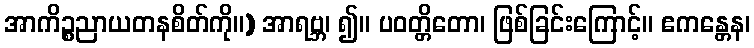
အာကိဉ္စညာယတနစိတ်ကို။) အာရဗ္ဘ၊ ၍။ ပဝတ္တိတော၊ ဖြစ်ခြင်းကြောင့်။ ဧကန္တေန၊